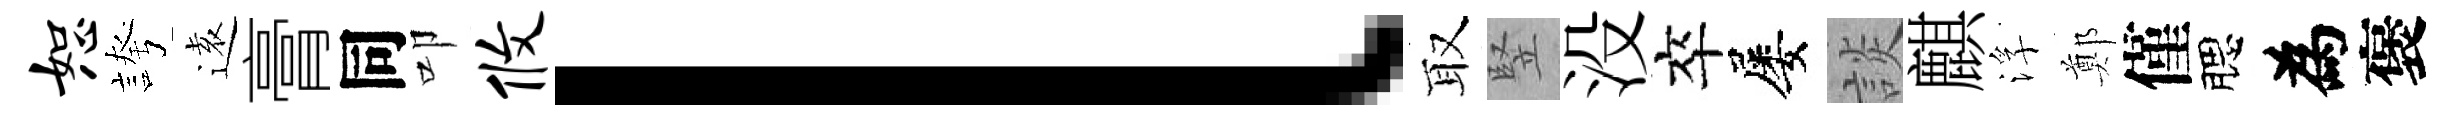
恕誇逺膏同叩攸l取竪没卒屡談麒浮鄭僅腮為褒